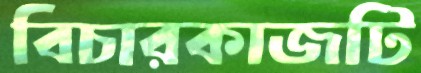
বিচারকাজটি